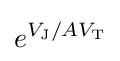
e^{V_{\text{J}}/AV_{\text{T}}}